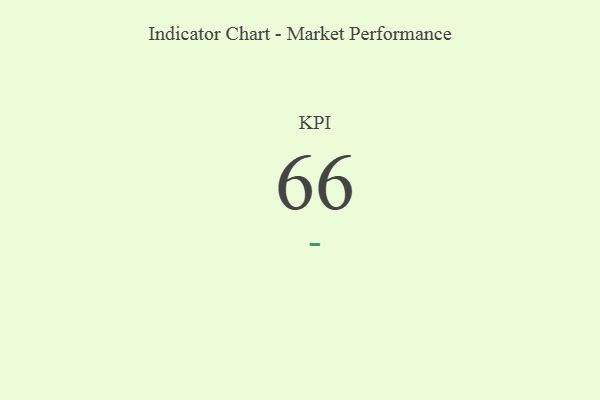
{"axis": {"x": "KPI", "y": "Value"}, "legend": [""], "data": [{"x": "KPI", "y": 66, "type": ""}]}